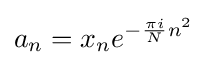
a_{n}=x_{n}e^{-{\frac {\pi i}{N}}n^{2}}